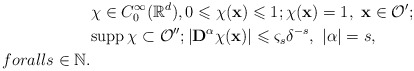
\begin{align*}&\chi \in C^\infty_0({\mathbb R}^d),0 \leqslant \chi({\mathbf x}) \leqslant 1; \chi({\mathbf x})=1,\ {\mathbf x}\in {\mathcal O}' ;\\&{\rm supp}\,\chi \subset {\mathcal O}'';|{\mathbf D}^\alpha \chi({\mathbf x})| \leqslant \varsigma_s \delta^{-s}, \ |\alpha|=s,\\forall s\in {\mathbb N}.\end{align*}